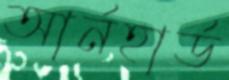
আর্নহার্ড